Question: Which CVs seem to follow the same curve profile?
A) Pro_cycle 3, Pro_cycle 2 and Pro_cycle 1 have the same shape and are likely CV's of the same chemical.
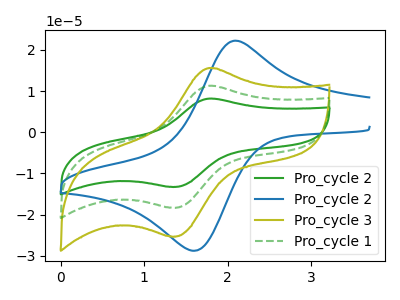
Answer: <think>The green curve "Pro_cycle 2" has an anodic peak at (1.80V, 22.60uA) and a cathodic peak at (1.30V, -36.65uA). The blue curve "Pro_cycle 2" has an anodic peak at (2.10V, 22.25uA) and a cathodic peak at (1.55V, -28.75uA). The olive curve "Pro_cycle 3" has an anodic peak at (1.80V, 15.60uA) and a cathodic peak at (1.30V, -25.35uA). The green dashed curve "Pro_cycle 1" has an anodic peak at (1.80V, 11.30uA) and a cathodic peak at (1.30V, -18.35uA).
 "Pro_cycle 2" and "Pro_cycle 2" have at least one peak that do not match. All the peaks in "Pro_cycle 2" have a peak in "Pro_cycle 3" at the same potential. Every peak in "Pro_cycle 2" is higher than every peak in "Pro_cycle 3". All the peaks in "Pro_cycle 2" have a peak in "Pro_cycle 1" at the same potential. Every peak in "Pro_cycle 2" is higher than every peak in "Pro_cycle 1". "Pro_cycle 2" and "Pro_cycle 3" have at least one peak that do not match. "Pro_cycle 2" and "Pro_cycle 1" have at least one peak that do not match. All the peaks in "Pro_cycle 3" have a peak in "Pro_cycle 1" at the same potential. Every peak in "Pro_cycle 3" is higher than every peak in "Pro_cycle 1".</think>
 <answer>A) "Pro_cycle 3", "Pro_cycle 2" and "Pro_cycle 1" have the same shape and are likely CV's of the same chemical.</answer>
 <eval>A</eval>